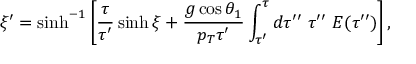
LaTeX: \xi ^ { \prime } = \sinh ^ { - 1 } \left[ \frac { \tau } { \tau ^ { \prime } } \sinh \xi + \frac { g \cos \theta _ { 1 } } { p _ { T } \tau ^ { \prime } } \int _ { \tau ^ { \prime } } ^ { \tau } d \tau ^ { \prime \prime } ~ \tau ^ { \prime \prime } ~ E ( \tau ^ { \prime \prime } ) \right] ,